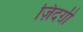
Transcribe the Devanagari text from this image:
ज़िंदग़ी